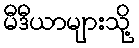
မီဒီယာများသို့